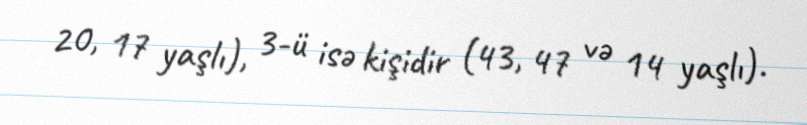
20, 17 yaşlı), 3-ü isə kişidir (43, 47 və 14 yaşlı).